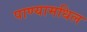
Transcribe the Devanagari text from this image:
पाण्यामधिल